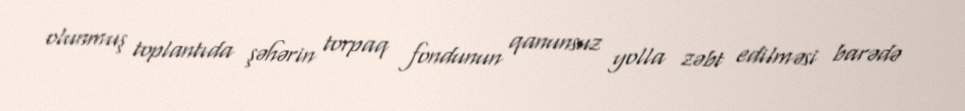
olunmuş toplantıda şəhərin torpaq fondunun qanunsuz yolla zəbt edilməsi barədə